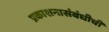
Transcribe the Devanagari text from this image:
प्रकाशनासंबंधीची